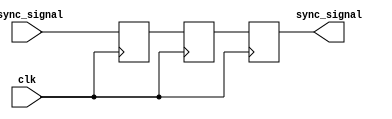
module dual_ff_synchronizer (
    input wire async_signal,  // Input signal from asynchronous clock domain
    input wire clk,           // Clock signal of the destination clock domain
    output reg sync_signal    // Synchronized output signal
);

    // Internal signals for the two flip-flops
    reg q1;  // Output of the first flip-flop
    reg q2;  // Output of the second flip-flop

    // First flip-flop (FF1)
    always @(posedge clk) begin
        q1 <= async_signal;  // Sample async_signal on the rising edge of clk
    end

    // Second flip-flop (FF2)
    always @(posedge clk) begin
        q2 <= q1;            // Sample q1 on the rising edge of clk
    end

    // Output assignment
    always @(posedge clk) begin
        sync_signal <= q2;   // Output the synchronized signal
    end

endmodule